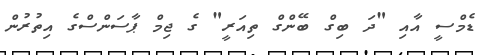
ޑެމްސީ އާއި "ދަ ބިގް ބޭންގް ތިއަރީ" ގެ ޖިމް ޕާސަންސްގެ އިތުރުން